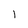
Character: 1